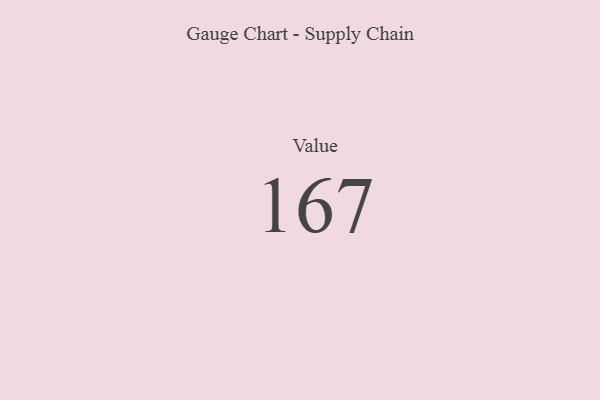
{"axis": {"x": "Metric", "y": "Value"}, "legend": [""], "data": [{"x": "Value", "y": 167, "type": ""}]}